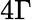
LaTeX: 4\Gamma